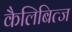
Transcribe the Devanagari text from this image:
कैलिबित्ज